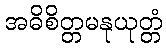
အဓိစိတ္တမနုယုတ္တံ